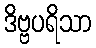
ဒိဗ္ဗပရိသာ